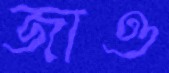
জাও